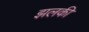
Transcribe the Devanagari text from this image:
झलकी